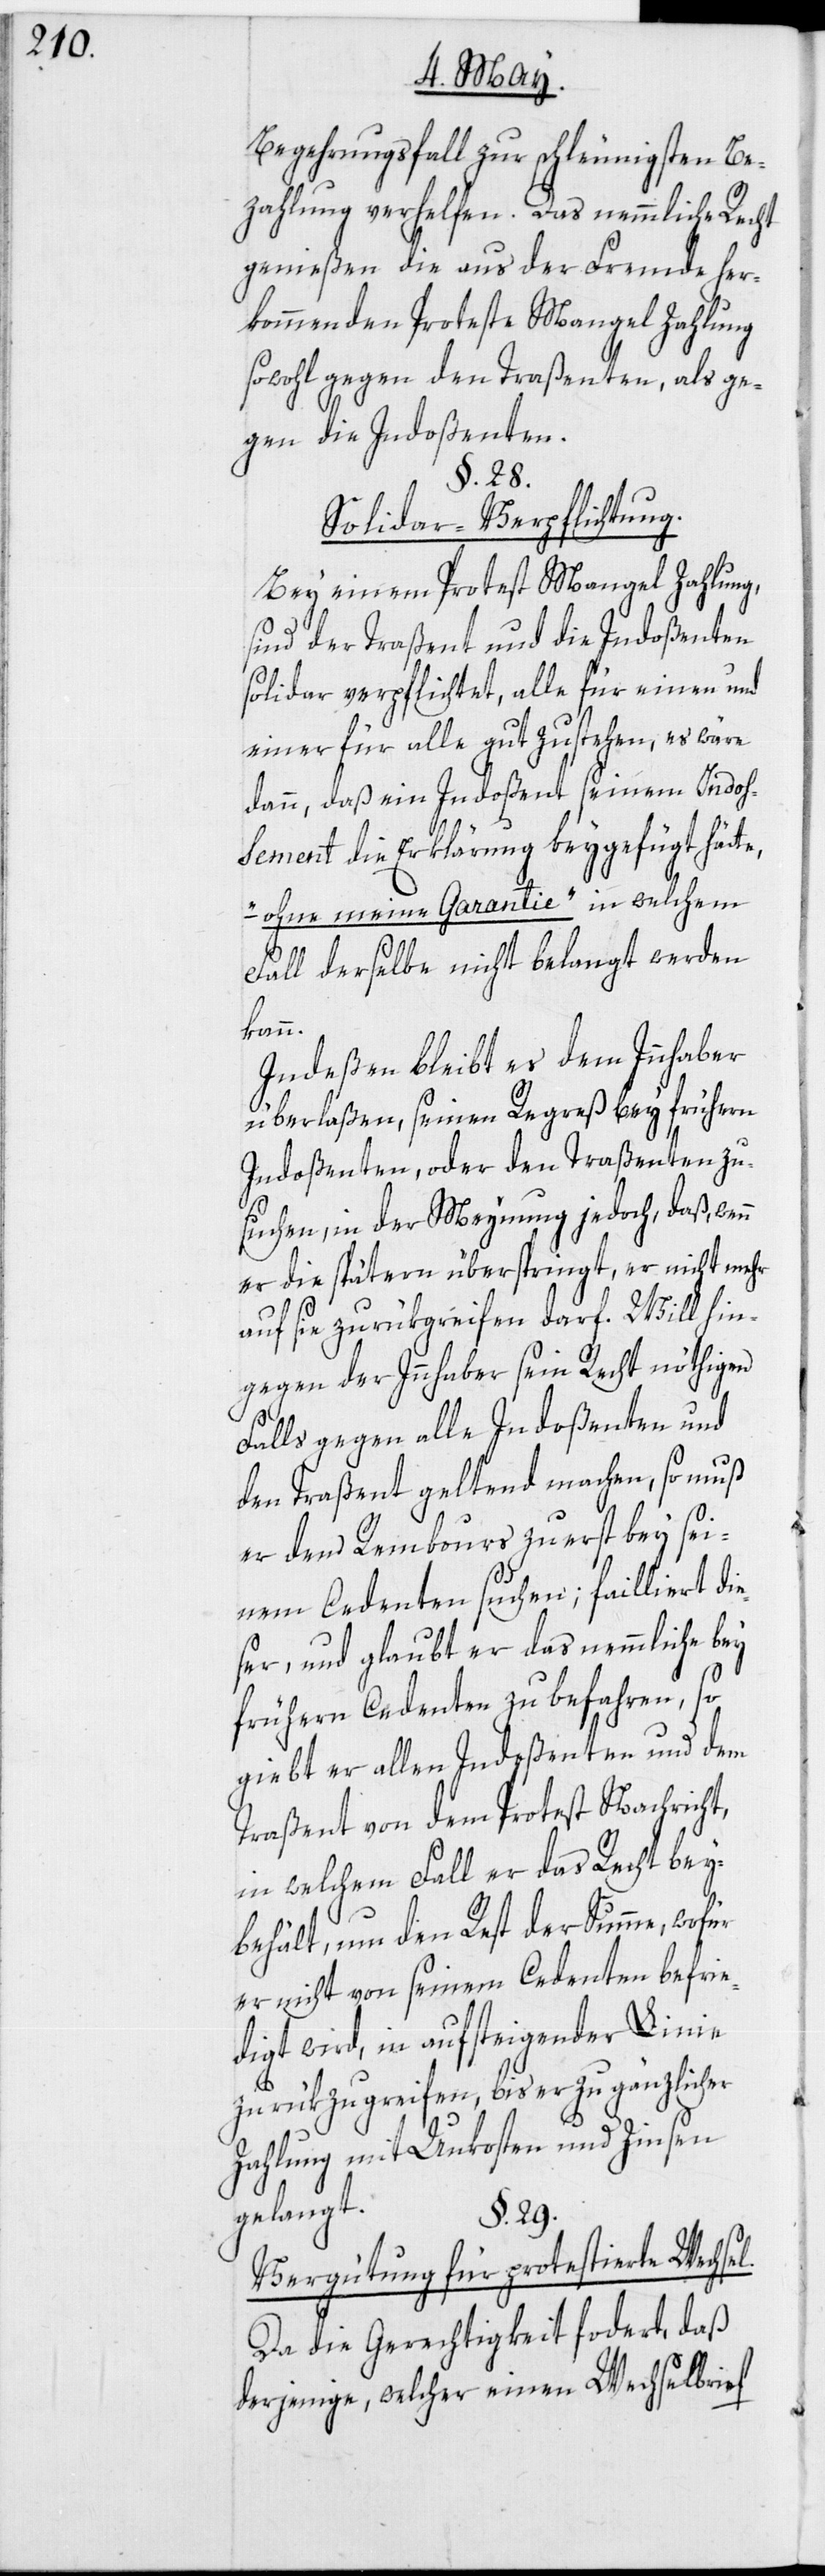
Begehrungsfall zur schleunigsten Be¬
zahlung verhelfen. Das nemmliche Recht
genießen die aus der Fremde her¬
kommenden Proteste Mangel Zahlung
sowohl gegen den Traßenten, als ge¬
gen die Indoßenten.
§. 28.
Solidar-Verpflichtung.
Bey einem Protest Mangel Zahlung,
sind der Traßent und die Indoßenten
solidar verpflichtet, alle für einen und
einer für alle gut zu stehen, es wäre
dann, daß ein Indoßent seinem Indo¬
ßement die Erklärung beygefügt hätte,
„ohne meine Garantie“ in welchem
Fall derselbe nicht belangt werden
kann.
Indeßen bleibt es dem Innhaber
überlaßen, seinen Regreß bey frühern
Indoßenten, oder den Traßenten zu
suchen, in der Meynung jedoch, daß, wenn
er die spätern überspringt, er nicht mehr
auf sie zurükgreifen darf. Will hin¬
gegen der Innhaber sein Recht nöthigen
Falls gegen alle Indoßenten und
den Traßent geltend machen, so muß
er den Rembours zuerst bey sei¬
nem Cedenten suchen; failliert die¬
ser, und glaubt er das nemmliche bey
frühern Cedenten zu befahren, so
giebt er allen Indoßenten und dem
Traßent von dem Protest Nachricht,
in welchem Fall er das Recht bey¬
behält, um den Rest der Summe, wofür
er nicht von seinem Cedenten befrie¬
digt wird, in aufsteigender Linie
zurükzugreifen, bis er zu gänzlicher
Zahlung mit Unkosten und Zinsen
gelangt.
§. 29.
Vergütung für protestierte Wechsel.
Da die Gerechtigkeit fo[r]dert, daß
derjenige, welcher einen Wechselbrief